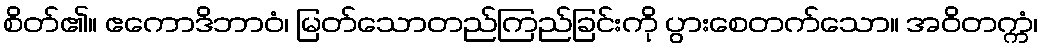
စိတ်၏။ ဧကောဒိဘာဝံ၊ မြတ်သောတည်ကြည်ခြင်းကို ပွားစေတက်သော။ အဝိတက္ကံ၊